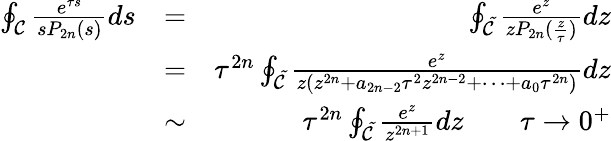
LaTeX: \begin{array}{rlr}{\oint_{\cal C}\frac{e^{\tau s}}{sP_{2n}(s)}ds}&{=}&{\oint_{\cal\tilde{C}}\frac{e^{z}}{zP_{2n}(\frac{z}{\tau})}dz}\\ &{=}&{\tau^{2n}\oint_{\cal\tilde{C}}\frac{e^{z}}{z(z^{2n}+a_{2n-2}\tau^{2}z^{2n-2}+\cdots+a_{0}\tau^{2n})}dz}\\ &{\sim}&{\tau^{2n}\oint_{\cal\tilde{C}}\frac{e^{z}}{z^{2n+1}}dz\qquad\tau\rightarrow 0^{+}}\end{array}